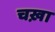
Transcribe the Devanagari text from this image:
चख़ा